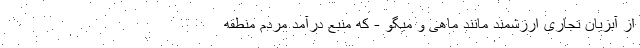
از آبزیان تجاری ارزشمند مانند ماهی و میگو - که منبع درآمد مردم منطقه